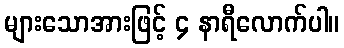
များသောအားဖြင့် ၄ နာရီလောက်ပါ။